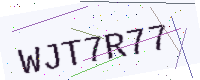
Text: WJT7R77